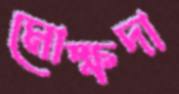
মোক্ষদা